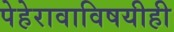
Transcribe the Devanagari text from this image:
पेहेरावाविषयीही